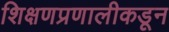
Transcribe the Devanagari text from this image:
शिक्षणप्रणालीकडून